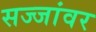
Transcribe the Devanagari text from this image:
सज्जांवर